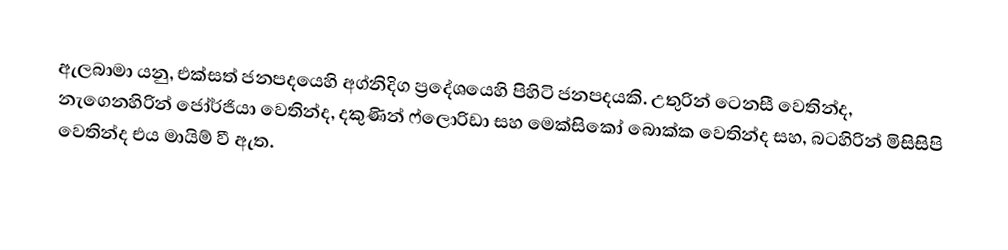
ඇලබාමා යනු,  එක්සත් ජනපදයෙහි අග්නිදිග ප්‍රදේශයෙහි පිහිටි ජනපදයකි. උතුරින්  ටෙනසී වෙතින්ද, නැගෙනහිරින් ජෝර්ජියා වෙතින්ද, දකුණින් ෆ්ලොරිඩා සහ මෙක්සිකෝ බොක්ක වෙතින්ද සහ, බටහිරින් මිසිසිපි වෙතින්ද එය මායිම් වී ඇත.